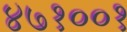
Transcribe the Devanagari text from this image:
४७१००१